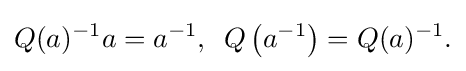
\displaystyle {Q(a)^{-1}a=a^{-1},\,\,\,Q\left(a^{-1}\right)=Q(a)^{-1}.}